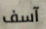
آسف